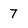
Character: 7